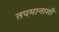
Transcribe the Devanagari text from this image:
तपमानाशी